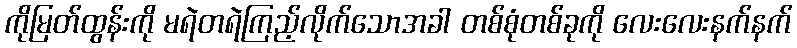
ကိုမြတ်ထွန်းကို မရဲတရဲကြည့်လိုက်သောအခါ တစ်စုံတစ်ခုကို လေးလေးနက်နက်